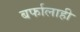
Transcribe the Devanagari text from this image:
बर्फालाही